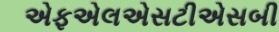
એફએલએસટીએસબી